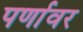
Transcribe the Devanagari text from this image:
पर्णावर